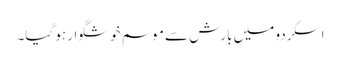
اسکردو میں بارش سے موسم خوشگوار ہو گیا۔